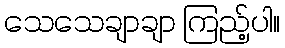
သေသေချာချာ ကြည့်ပါ။